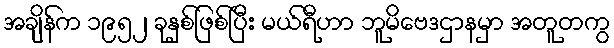
အချိန်က ၁၉၅၂ ခုနှစ်ဖြစ်ပြီး မယ်ရီဟာ ဘူမိဗေဒဌာနမှာ အတူတကွ